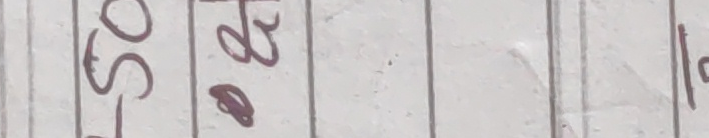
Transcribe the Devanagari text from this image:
ङ थ ड १०